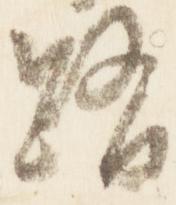
路